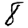
Digit: 8